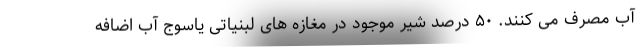
آب مصرف می کنند. ۵۰ درصد شیر موجود در مغازه های لبنیاتی یاسوج آب اضافه